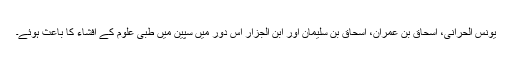
یونس الحرانی، اِسحاق بن عمران، اِسحاق بن سلیمان اور ابنُ الجزّار اُس دَور میں سپین میں طبی علوم کے اِفشاء کا باعث ہوئے۔